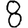
Digit: 8